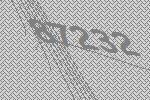
87232